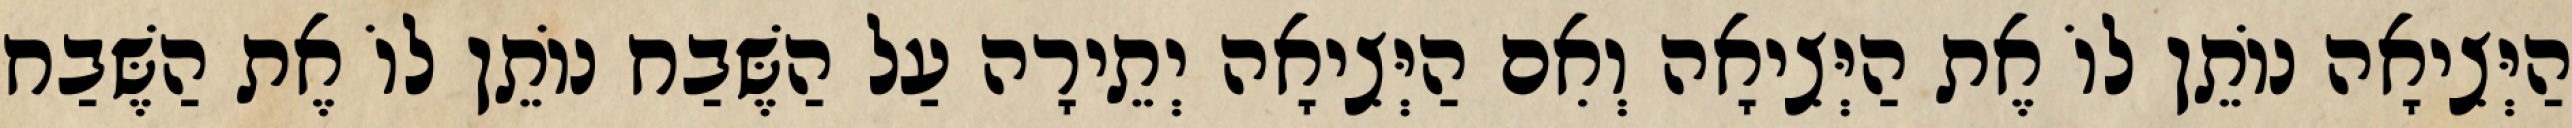
הַיְּצִיאָה נוֹתֵן לוֹ אֶת הַיְּצִיאָה וְאִם הַיְּצִיאָה יְתֵירָה עַל הַשֶּׁבַח נוֹתֵן לוֹ אֶת הַשֶּׁבַח